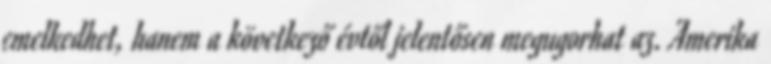
emelkedhet, hanem a következő évtől jelentősen megugorhat az. Amerika